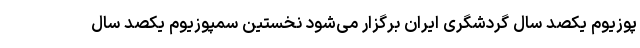
پوزیوم یکصد سال گردشگری ایران برگزار می‌شود نخستین سمپوزیوم یکصد سال